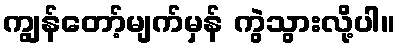
ကျွန်တော့်မျက်မှန် ကွဲသွားလို့ပါ။